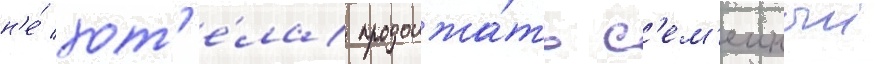
н'е́ хот'е́ла продолжа́ть с'ем'еиныи